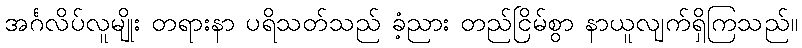
အင်္ဂလိပ်လူမျိုး တရားနာ ပရိသတ်သည် ခံ့ညား တည်ငြိမ်စွာ နာယူလျက်ရှိကြသည်။